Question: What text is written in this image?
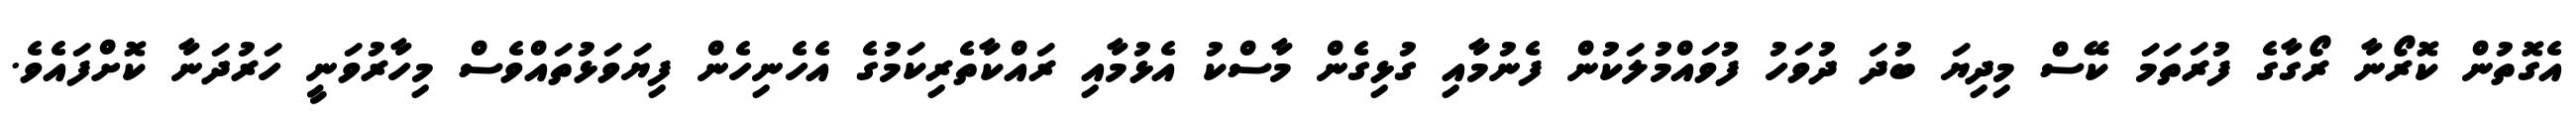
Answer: އެގޮތުން ކޮރޯނާ ރޯގާގެ ފުރަތަމަ ކޭސް މިދިޔަ ބުދަ ދުވަހު ފުވައްމުލަކުން ފެނުމާއި ގުޅިގެން މާސްކު އެޅުމާއި ރައްކާތެރިކަމުގެ އެހެނިހެން ފިޔަވަޅުތައްވެސް މިހާރުވަނީ ހަރުދަނާ ކޮށްފައެވެ.